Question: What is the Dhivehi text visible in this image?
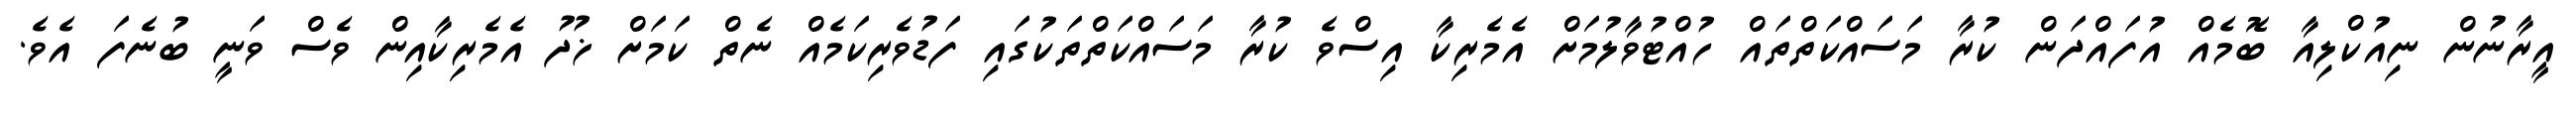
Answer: އީރާނުން ނިއުކްލިއާ ބޮމެއް އުފައްދަން ކުރާ މަސައްކަތްތައް ހުއްޓުވާލުމަށް އެމެރިކާ އިސްވެ ކުރާ މަސައްކަތްތަކުގައި ފަޑުވެރިކަމެއް ނެތް ކަމަށް ޚުދު އެމެރިކާއިން ވެސް ވަނީ ބުނެފަ އެވެ.